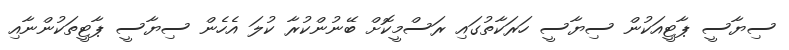
ސިޔާސީ ޕާޓީއަކުން ސިޔާސީ ހަރަކާތުގައި ރަސްމީކޮށް ބޭނުންކުރާ ކުލަ އެހެން ސިޔާސީ ޕާޓީތަކުންނާއި